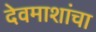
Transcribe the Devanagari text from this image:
देवमाशांचा